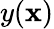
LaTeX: y(\mathbf{x})